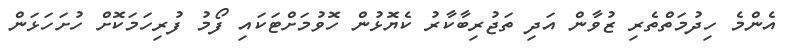
އެންމެ ހިދުމަތްތެރި ޒުވާން އަދި ތަޖުރިބާކާރު ކެޔޮޅުން ހޮވުމަށްޓަކައި ފޯމު ފުރިހަމަކޮށް ހުށަހަޅަން